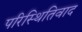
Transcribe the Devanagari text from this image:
परिस्थितिवाद